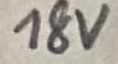
Text: 18V